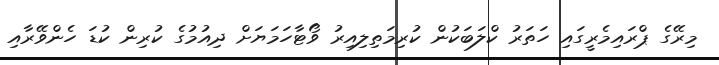
މިރޭގެ ޕްރައިމެރީގައި ހަތަރު ކްލަބަކުން ކުރިމަތިލިއިރު ވޯޓާހަމަޔަށް ދިއުމުގެ ކުރިން ކުޑަ ހެންވޭރާއި